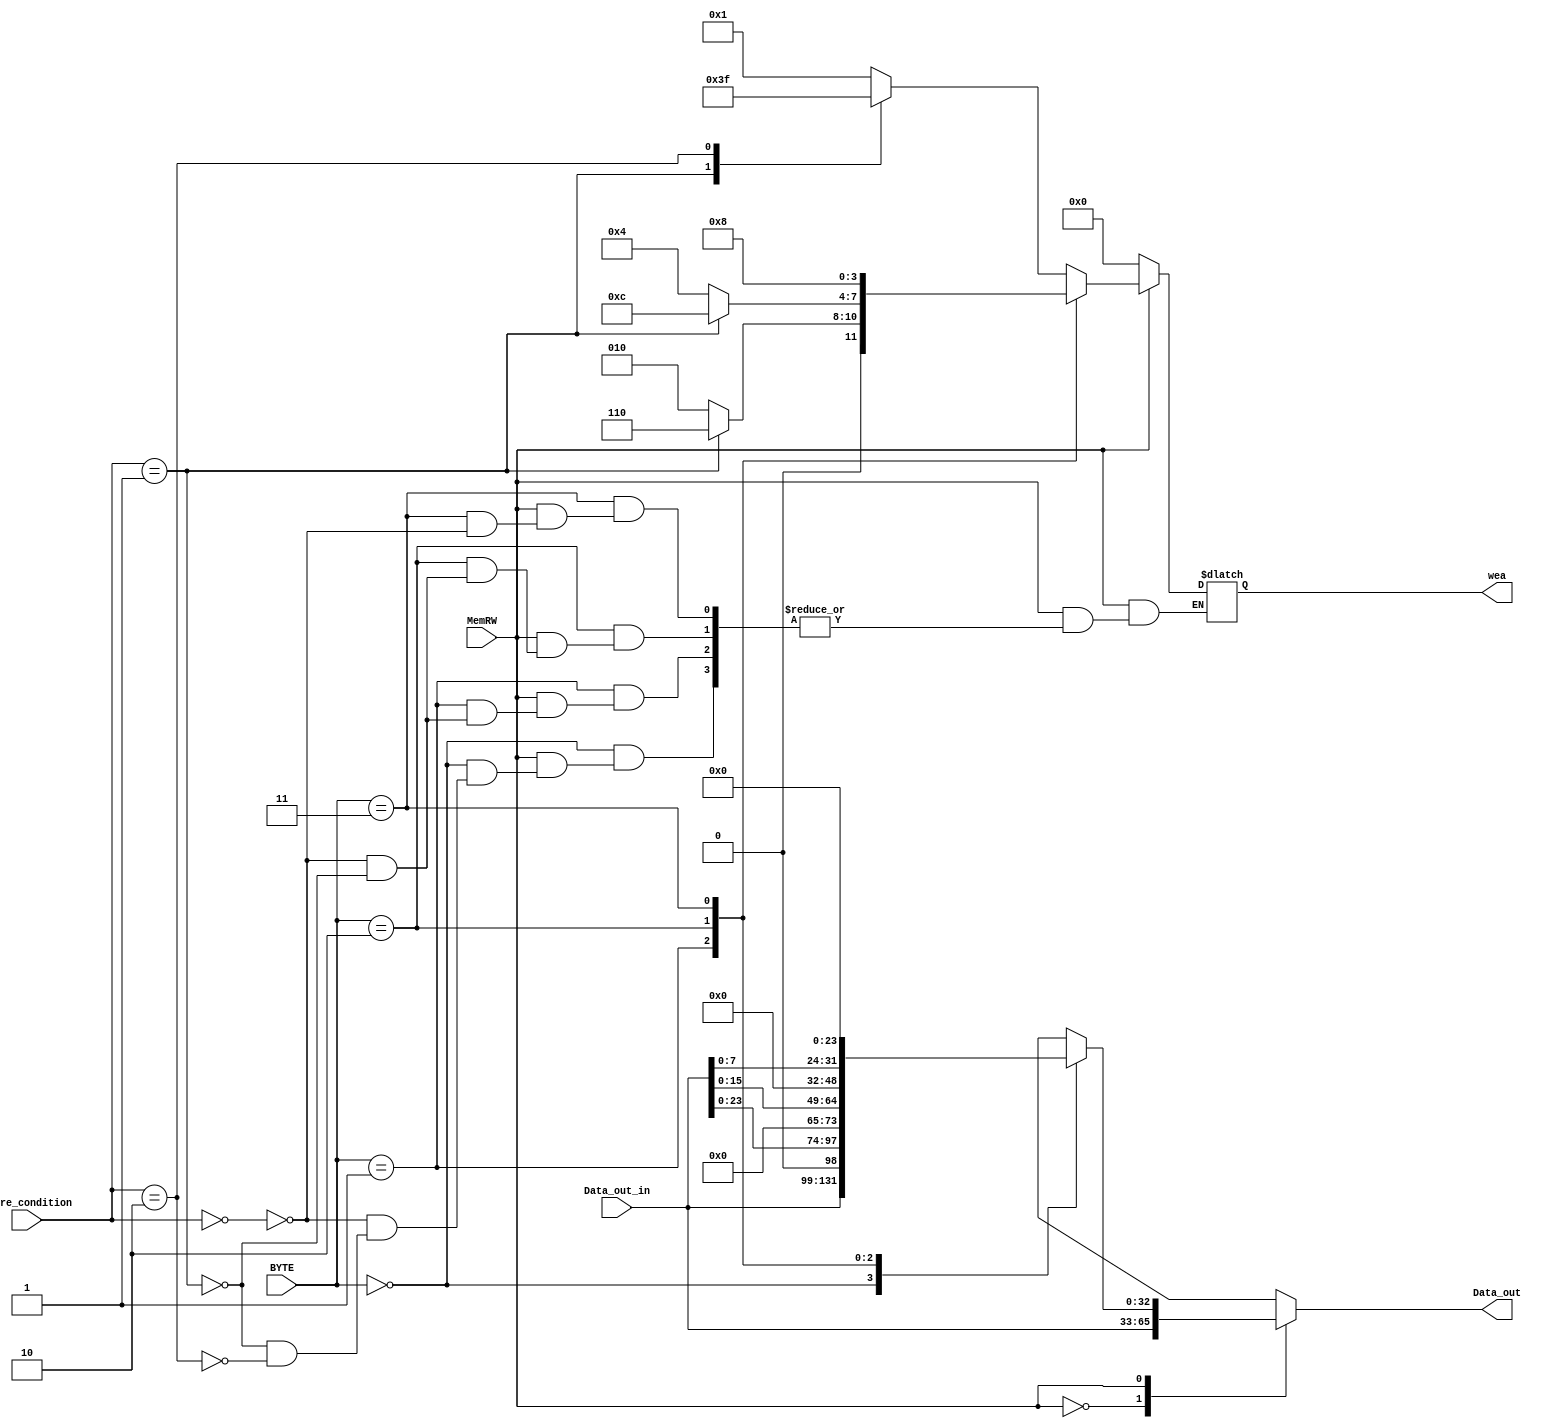
`timescale 1ns / 1ps
//////////////////////////////////////////////////////////////////////////////////
// Company: 
// Engineer: 
// 
// Design Name: 
// Module Name: WEAMUX
// Project Name: 
// Target Devices: 
// Tool Versions: 
// Description: 
// 
// Dependencies: 
// 
// Revision:
// Revision 0.01 - File Created
// Additional Comments:
// 
//////////////////////////////////////////////////////////////////////////////////


module WEAMUX(
    input [32:0]Data_out_in,
    input [1:0]BYTE,
    input MemRW,
    input [1:0]store_condition,
    output reg [3:0]wea,
    output reg [32:0]Data_out
);
    always @* begin
        case(MemRW)
            1'b0: begin
                wea = 4'b0000;
                Data_out = Data_out_in;
            end
            1'b1: begin
                case(BYTE)
                    2'b00: begin
                        Data_out = Data_out_in;
                        case(store_condition)
                            2'b00: wea = 4'b0001;//sb
                            2'b01: wea = 4'b0011;//sh
                            2'b10: wea = 4'b1111;//sw
                        endcase
                    end
                    2'b01: begin
                        Data_out = {Data_out_in[23:0], 8'b0};
                        case(store_condition)
                            2'b00: wea = 4'b0010;//sb
                            2'b01: wea = 4'b0110;//sh
                        endcase
                    end
                    2'b10: begin
                        Data_out = {Data_out_in[15:0], 16'b0};
                        case(store_condition)
                            2'b00: wea = 4'b0100;//sb
                            2'b01: wea = 4'b1100;//sh
                        endcase
                    end
                    2'b11: begin
                        Data_out = {Data_out_in[7:0], 24'b0};
                        case(store_condition)
                            2'b00: wea = 4'b1000;//sb
                        endcase
                    end
                endcase
            end  
        endcase
    end

endmodule